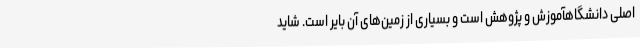
اصلی دانشگاهآموزش و پژوهش است و بسیاری از زمین‌های آن بایر است. شاید